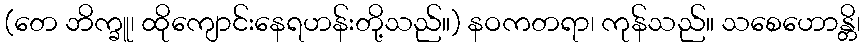
(တေ ဘိက္ခူ၊ ထိုကျောင်းနေရဟန်းတို့သည်။) နဝကတရာ၊ ကုန်သည်။ သစေဟောန္တိ၊